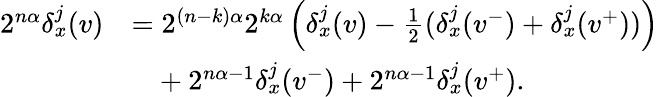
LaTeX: \begin{array}{rl}{2^{n\alpha}\delta_{x}^{j}(v)}&{=2^{(n-k)\alpha}2^{k\alpha}\left(\delta_{x}^{j}(v)-\frac 12(\delta_{x}^{j}(v^{-})+\delta_{x}^{j}(v^{+}))\right)}\\ &{\phantom{=}+2^{n\alpha-1}\delta_{x}^{j}(v^{-})+2^{n\alpha-1}\delta_{x}^{j}(v^{+})\mathrm{.}}\end{array}